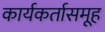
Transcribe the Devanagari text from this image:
कार्यकर्तासमूह